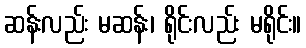
ဆန်းလည်း မဆန်း၊ ရိုင်းလည်း မရိုင်း။